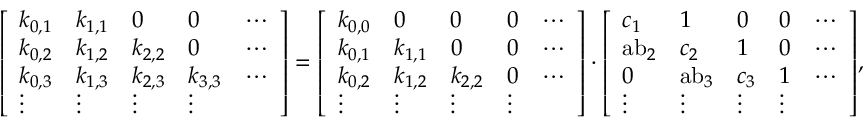
{ \left[ \begin{array} { l l l l l } { k _ { 0 , 1 } } & { k _ { 1 , 1 } } & { 0 } & { 0 } & { \cdots } \\ { k _ { 0 , 2 } } & { k _ { 1 , 2 } } & { k _ { 2 , 2 } } & { 0 } & { \cdots } \\ { k _ { 0 , 3 } } & { k _ { 1 , 3 } } & { k _ { 2 , 3 } } & { k _ { 3 , 3 } } & { \cdots } \\ { \vdots } & { \vdots } & { \vdots } & { \vdots } \end{array} \right] } = { \left[ \begin{array} { l l l l l } { k _ { 0 , 0 } } & { 0 } & { 0 } & { 0 } & { \cdots } \\ { k _ { 0 , 1 } } & { k _ { 1 , 1 } } & { 0 } & { 0 } & { \cdots } \\ { k _ { 0 , 2 } } & { k _ { 1 , 2 } } & { k _ { 2 , 2 } } & { 0 } & { \cdots } \\ { \vdots } & { \vdots } & { \vdots } & { \vdots } \end{array} \right] } \cdot { \left[ \begin{array} { l l l l l } { c _ { 1 } } & { 1 } & { 0 } & { 0 } & { \cdots } \\ { { \mathrm { a b } } _ { 2 } } & { c _ { 2 } } & { 1 } & { 0 } & { \cdots } \\ { 0 } & { { \mathrm { a b } } _ { 3 } } & { c _ { 3 } } & { 1 } & { \cdots } \\ { \vdots } & { \vdots } & { \vdots } & { \vdots } \end{array} \right] } ,